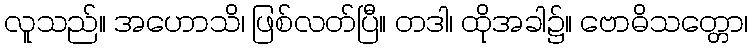
လူသည်။ အဟောသိ၊ ဖြစ်လတ်ပြီ။ တဒါ၊ ထိုအခါ၌။ ဗောဓိသတ္တော၊